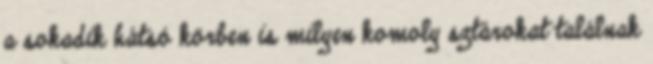
a sokadik hátsó körben is milyen komoly sztárokat találnak